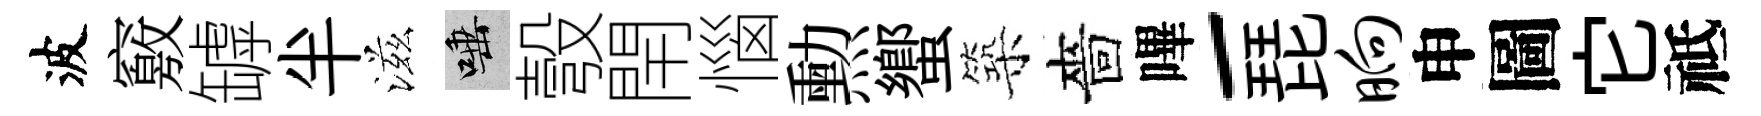
波竅罅半滋唾彀閈惱勲蠁築嗇嗶-琵晌申圖它祗